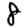
Digit: 8